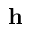
{ \bf h }